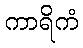
ကာရိကံ